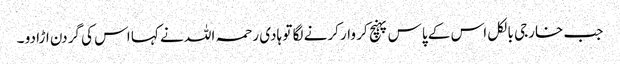
جب خارجی بالکل اس کے پاس پہنچ کر وار کرنے لگا تو ہادی رحمہ اللہ نے کہا اس کی گردن اڑا دو ۔